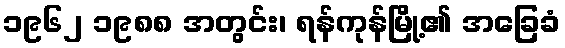
၁၉၆၂ ၁၉၈၈ အတွင်း၊ ရန်ကုန်မြို့၏ အခြေခံ